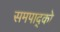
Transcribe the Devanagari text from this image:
समपाद्को